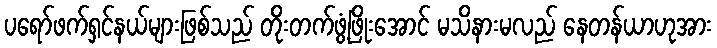
ပရော်ဖက်ရှင်နယ်များဖြစ်သည် တိုးတက်ဖွံ့ဖြိုးအောင် မသိနားမလည် နေတန်ယာဟုအား